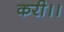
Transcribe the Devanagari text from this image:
करी।।